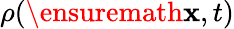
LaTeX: \rho(\ensuremath{\mathbf{x}},t)